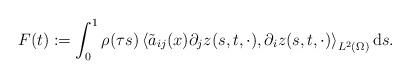
LaTeX: \begin{align*} F(t) := \int_{0}^{1} \rho(\tau s) \left\langle \tilde{a}_{ij}(x) \partial_{j} z(s,t,\cdot), \partial_{i} z(s,t,\cdot) \right\rangle_{L^{2}(\Omega)} \mathrm{d}s. \end{align*}